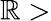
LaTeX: \mathbb{R}>